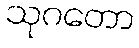
သုဂတော